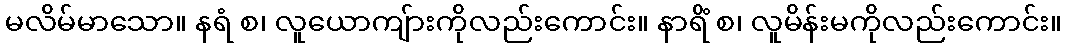
မလိမ်မာသော။ နရံ စ၊ လူယောကျ်ားကိုလည်းကောင်း။ နာရိံ စ၊ လူမိန်းမကိုလည်းကောင်း။